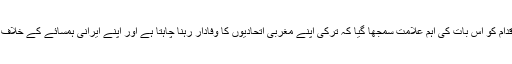
اس اقدام کو اس بات کی اہم علامت سمجھا گیا کہ ترکی اپنے مغربی اتحادیوں کا وفادار رہنا چاہتا ہے اور اپنے ایرانی ہمسائے کے خلاف ہے۔